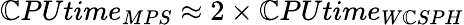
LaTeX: \mathbb{C}PUtime_{MPS}\approx2\times\mathbb{C}PUtime_{W\mathbb{C}SPH}